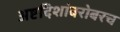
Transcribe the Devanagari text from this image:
अष्टदिशांबरोबरच